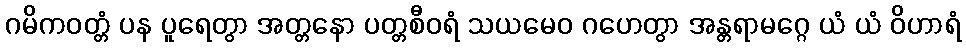
ဂမိကဝတ္တံ ပန ပူရေတွာ အတ္တနော ပတ္တစီဝရံ သယမေဝ ဂဟေတွာ အန္တရာမဂ္ဂေ ယံ ယံ ဝိဟာရံ